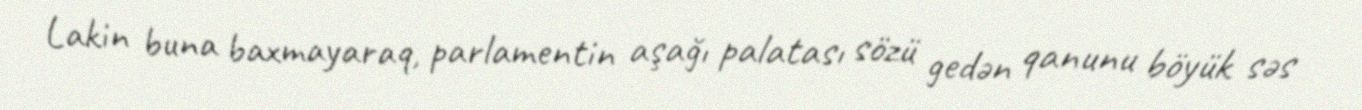
Lakin buna baxmayaraq, parlamentin aşağı palatası sözü gedən qanunu böyük səs